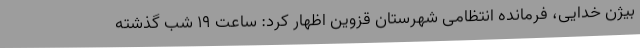
بیژن خدایی، فرمانده انتظامی شهرستان قزوین اظهار کرد: ساعت 19 شب گذشته